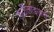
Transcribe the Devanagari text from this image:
फ़र्टीलाइज़र्स